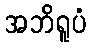
အဘိရူပံ